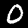
Digit: 0